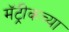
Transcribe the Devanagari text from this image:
मॅट्रीकच्या